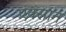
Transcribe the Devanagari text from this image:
एक्सान